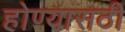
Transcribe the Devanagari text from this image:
होण्यासठी